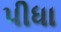
પીધા